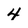
Character: 4